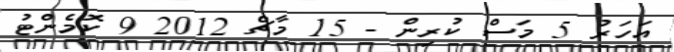
އަހަރު 5 މަސް ކުރިން - 15 މާޗް 2012 9 ކޮމެންޓު